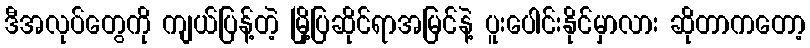
ဒီအလုပ်တွေကို ကျယ်ပြန့်တဲ့ မြို့ပြဆိုင်ရာအမြင်နဲ့ ပူးပေါင်းနိုင်မှာလား ဆိုတာကတော့